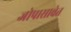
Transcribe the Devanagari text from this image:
जोपासावेत